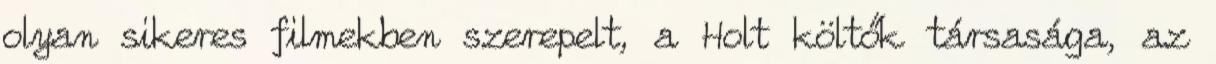
olyan sikeres filmekben szerepelt, a Holt költők társasága, az